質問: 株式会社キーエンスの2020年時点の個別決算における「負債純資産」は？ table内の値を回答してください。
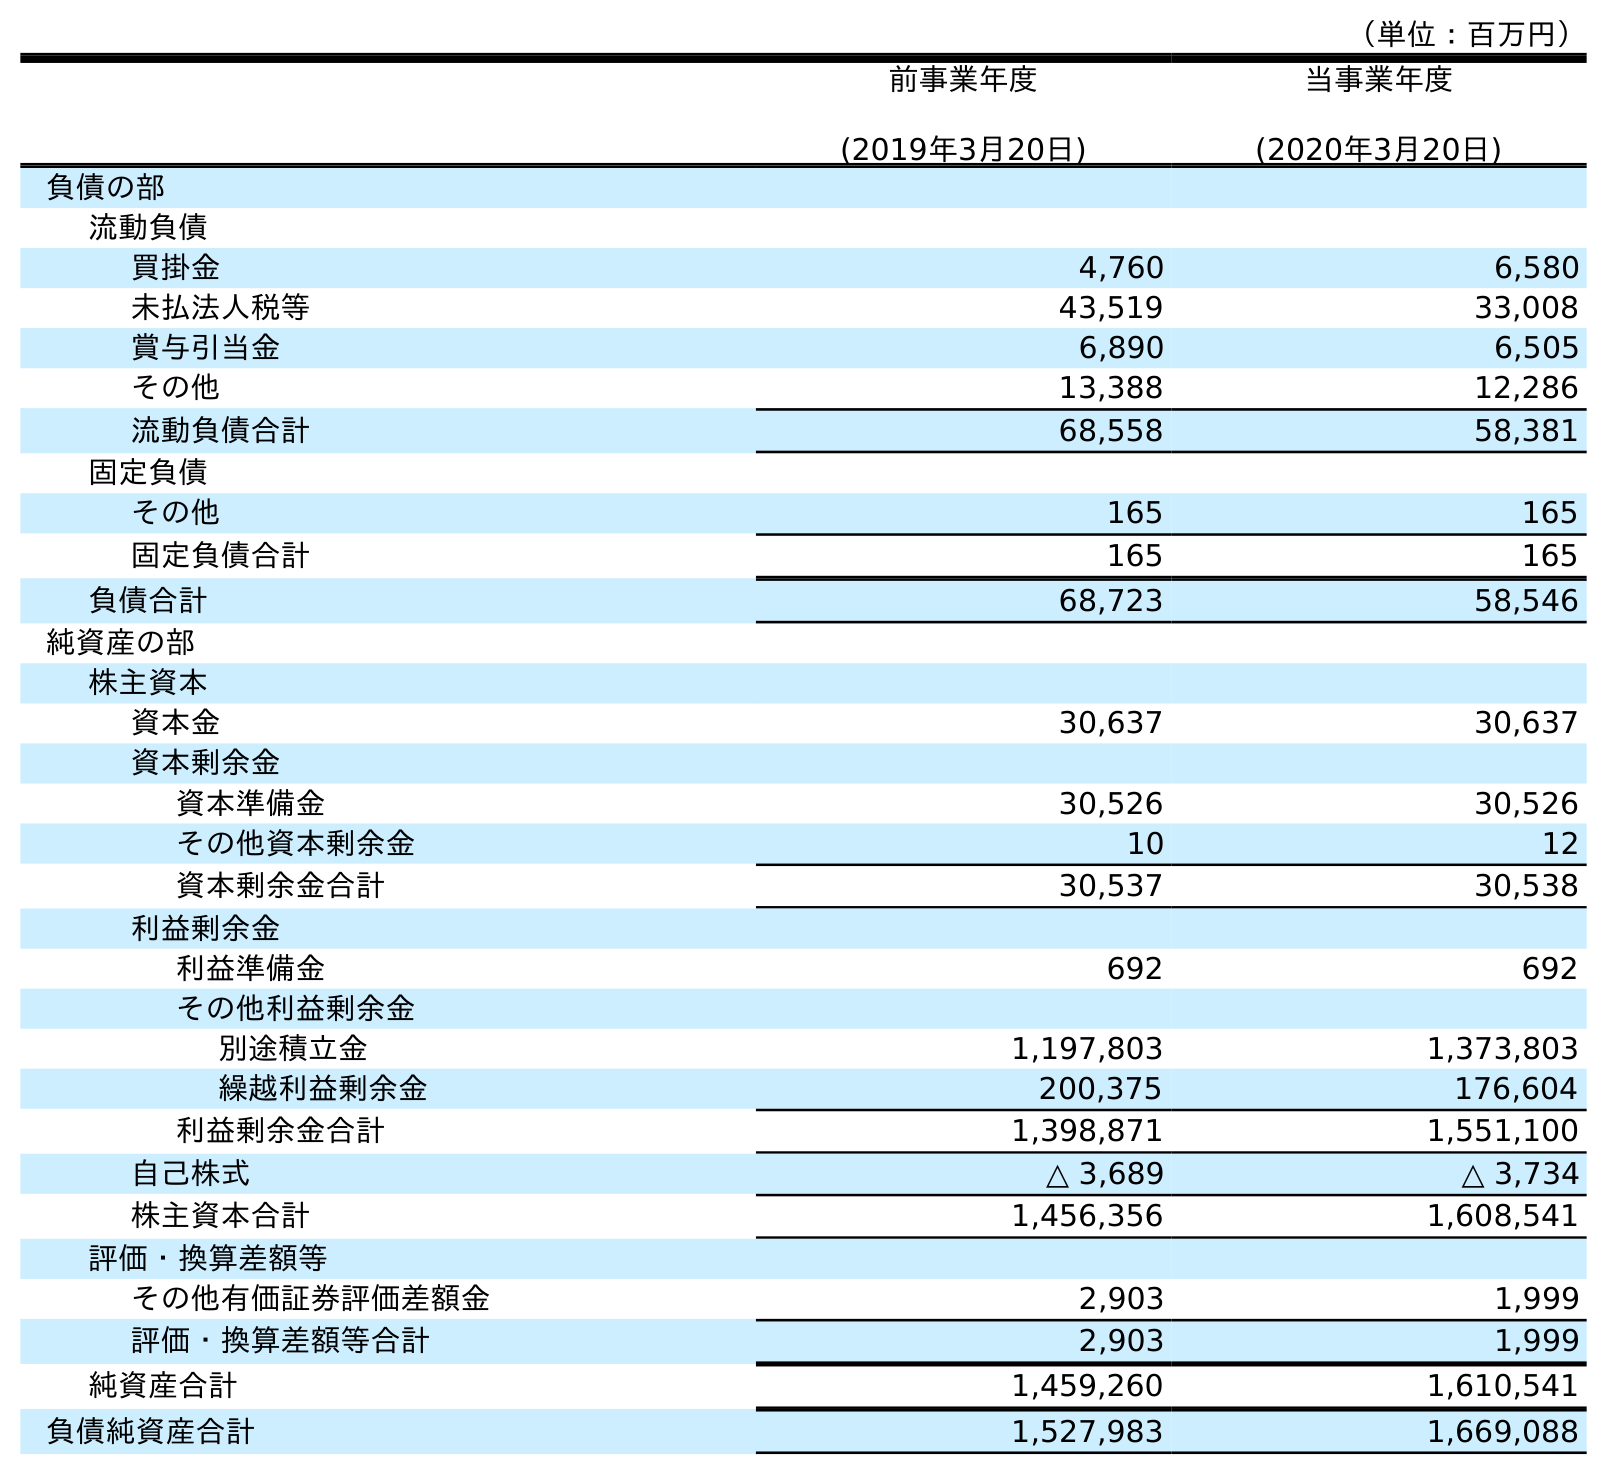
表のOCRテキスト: （単位：百万円） 前事業年度 (2019年3月20日) 当事業年度 (2020年3月20日) 負債の部 流動負債 買掛金 4,760 6,580 未払法人税等 43,519 33,008 賞与引当金 6,890 6,505 その他 13,388 12,286 流動負債合計 68,558 58,381 固定負債 その他 165 165 固定負債合計 165 165 負債合計 68,723 58,546 純資産の部 株主資本 資本金 30,637 30,637 資本剰余金 資本準備金 30,526 30,526 その他資本剰余金 10 12 資本剰余金合計 30,537 30,538 利益剰余金 利益準備金 692 692 その他利益剰余金 別途積立金 1,197,803 1,373,803 繰越利益剰余金 200,375 176,604 利益剰余金合計 1,398,871 1,551,100 自己株式 △ 3,689 △ 3,734 株主資本合計 1,456,356 1,608,541 評価・換算差額等 その他有価証券評価差額金 2,903 1,999 評価・換算差額等合計 2,903 1,999 純資産合計 1,459,260 1,610,541 負債純資産合計 1,527,983 1,669,088
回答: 1,669,088